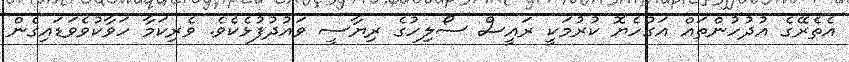
އެތެރޭގެ އުދުހުންތައް އަގުހެޔޮ ކުރުމަކީ ރައީސް ސޯލިހުގެ ރިޔާސީ ވައުދުފުޅެކެވެ. ވެރިކަމާ ހަވާކުވެވަޑައިގެން